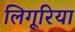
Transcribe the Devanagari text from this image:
लिगूरिया